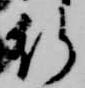
行